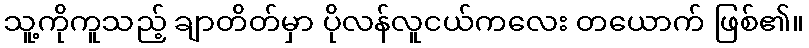
သူ့ကိုကူသည့် ချာတိတ်မှာ ပိုလန်လူငယ်ကလေး တယောက် ဖြစ်၏။